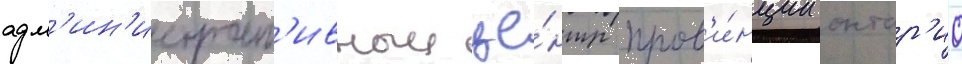
адм'ин'истрат'ивныи це́нтр пров'и́нции онтар'ио